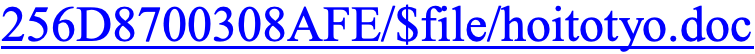
256D8700308AFE/$file/hoitotyo.doc